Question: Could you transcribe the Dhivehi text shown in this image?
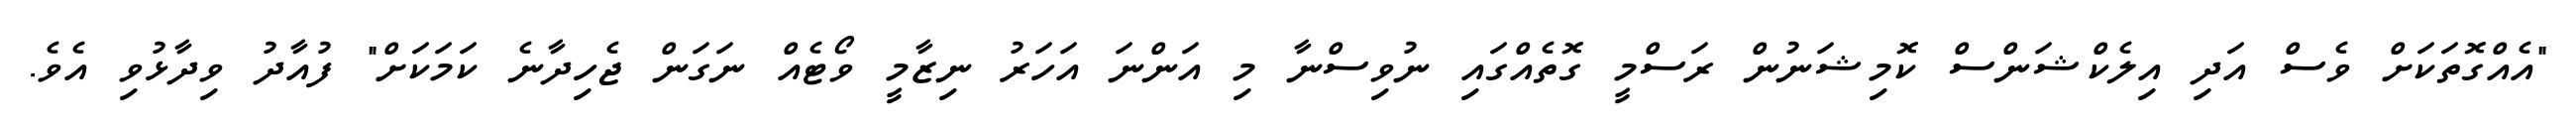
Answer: "އެއްގޮތަކަށް ވެސް އަދި އިލެކްޝަންސް ކޮމިޝަނުން ރަސްމީ ގޮތެއްގައި ނުވިސްނާ މި އަންނަ އަހަރު ނިޒާމީ ވޯޓެއް ނަގަން ޖެހިދާނެ ކަމަކަށް" ފުއާދު ވިދާޅުވި އެވެ.